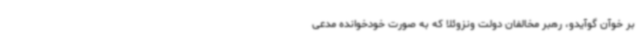
بر خوآن گوآیدو، رهبر مخالفان دولت ونزوئلا که به صورت خودخوانده مدعی